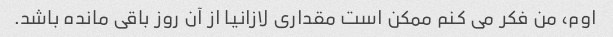
اوم، من فکر می کنم ممکن است مقداری لازانیا از آن روز باقی مانده باشد.